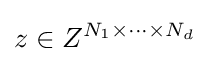
z\in Z^{N_{1}\times \cdots \times N_{d}}